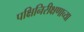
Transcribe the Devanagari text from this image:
पक्षिनिरीक्षणाच्या